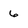
Character: 6